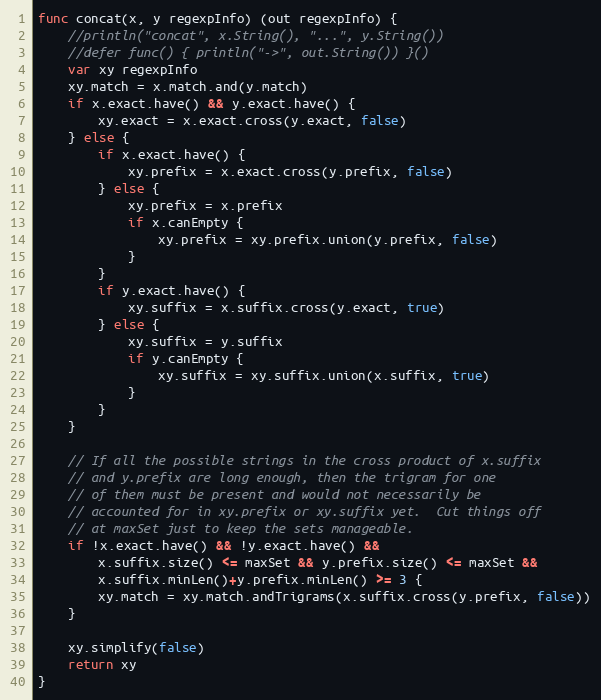
Language: Go
func concat(x, y regexpInfo) (out regexpInfo) {
	//println("concat", x.String(), "...", y.String())
	//defer func() { println("->", out.String()) }()
	var xy regexpInfo
	xy.match = x.match.and(y.match)
	if x.exact.have() && y.exact.have() {
		xy.exact = x.exact.cross(y.exact, false)
	} else {
		if x.exact.have() {
			xy.prefix = x.exact.cross(y.prefix, false)
		} else {
			xy.prefix = x.prefix
			if x.canEmpty {
				xy.prefix = xy.prefix.union(y.prefix, false)
			}
		}
		if y.exact.have() {
			xy.suffix = x.suffix.cross(y.exact, true)
		} else {
			xy.suffix = y.suffix
			if y.canEmpty {
				xy.suffix = xy.suffix.union(x.suffix, true)
			}
		}
	}

	// If all the possible strings in the cross product of x.suffix
	// and y.prefix are long enough, then the trigram for one
	// of them must be present and would not necessarily be
	// accounted for in xy.prefix or xy.suffix yet.  Cut things off
	// at maxSet just to keep the sets manageable.
	if !x.exact.have() && !y.exact.have() &&
		x.suffix.size() <= maxSet && y.prefix.size() <= maxSet &&
		x.suffix.minLen()+y.prefix.minLen() >= 3 {
		xy.match = xy.match.andTrigrams(x.suffix.cross(y.prefix, false))
	}

	xy.simplify(false)
	return xy
}